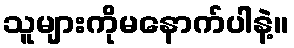
သူများကိုမနောက်ပါနဲ့။